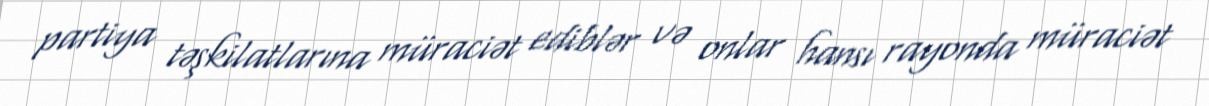
partiya təşkilatlarına müraciət ediblər və onlar hansı rayonda müraciət